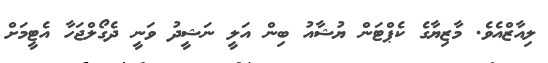
ލިއާޒްއެވެ. މާޒިޔާގެ ކެޕްޓަން ޔުޝާއު ބިން އަލީ ނަޝީދު ވަނީ ދެގޯލްޖަހާ އެޓީމަށް